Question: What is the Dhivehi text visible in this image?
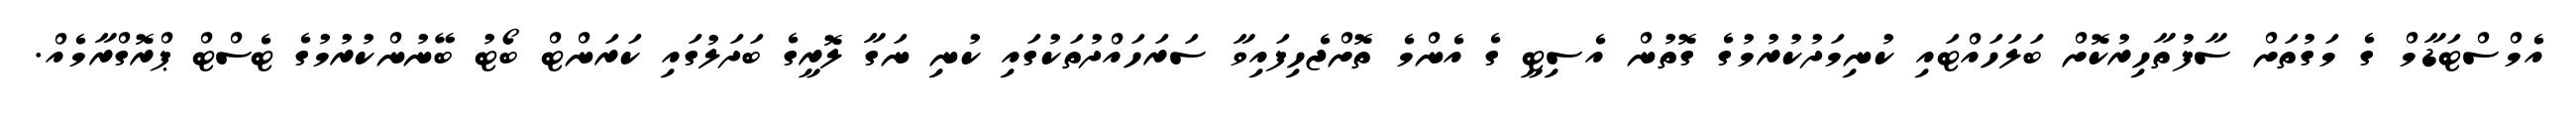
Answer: އެމްސްޓަޑާމް ގެ މަގުތަށް ސާފުތާހިރުކޮށް ބަލަހައްޓައި ކުނިމަދުކުރުމުގެ ގޮތުން އެސިޓީ ގެ އެންމެ ތޮށްޖެހިފައިވާ ސަރަހައްދުތަކުގައި ކުނި ނަގާ ލޮރީގެ ބަދަލުގައި ކަރަންޓް ބޯޓު ބޭނުންކުރުމުގެ ޓެސްޓް ޕްރޮގްރާމެއް.